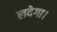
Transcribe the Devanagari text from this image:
लदेगा।